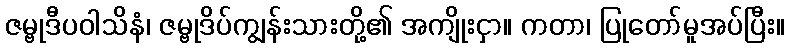
ဇမ္ဗုဒီပဝါသိနံ၊ ဇမ္ဗုဒိပ်ကျွန်းသားတို့၏ အကျိုးငှာ။ ကတာ၊ ပြုတော်မူအပ်ပြီး။